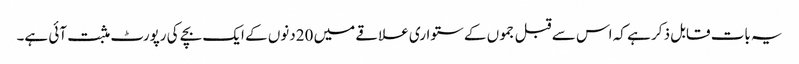
یہ بات قابل ذکر ہے کہ اس سے قبل جموں کے ستواری علاقے میں 20دنوں کے ایک بچے کی رپورٹ مثبت آئی ہے۔